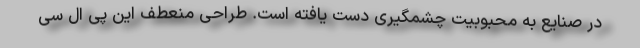
در صنایع به محبوبیت چشمگیری دست یافته است. طراحی منعطف این پی ال سی